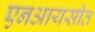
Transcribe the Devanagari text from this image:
एनआयसीत